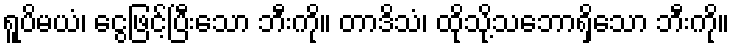
ရူပိမယံ၊ ငွေဖြင့်ပြီးသော ဘီးကို။ တာဒိသံ၊ ထိုသို့သဘောရှိသော ဘီးကို။